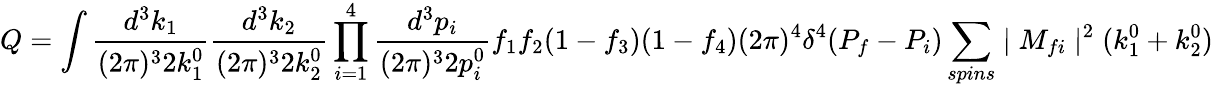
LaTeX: Q=\int{\frac{d^{3}k_{1}}{(2\pi)^{3}2k_{1}^{0}}}{\frac{d^{3}k_{2}}{(2\pi)^{3}2k_{2}^{0}}}\prod_{i=1}^{4}{\frac{d^{3}p_{i}}{(2\pi)^{3}2p_{i}^{0}}}f_{1}f_{2}(1-f_{3})(1-f_{4})(2\pi)^{4}\delta^{4}(P_{f}-P_{i})\sum_{spins}\mid M_{fi}\mid^{2}(k_{1}^{0}+k_{2}^{0})